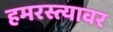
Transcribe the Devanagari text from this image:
हमरस्त्यावर